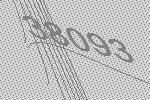
38093